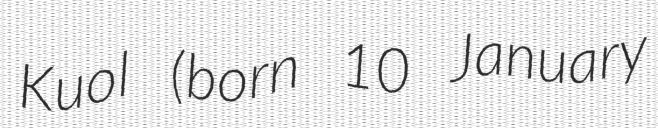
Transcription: Kuol (born 10 January